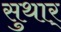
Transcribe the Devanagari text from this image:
सुथार्